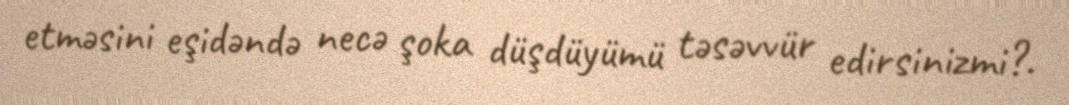
etməsini eşidəndə necə şoka düşdüyümü təsəvvür edirsinizmi?.